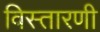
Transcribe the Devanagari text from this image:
विस्तारणी